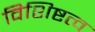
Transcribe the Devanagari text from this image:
विशिष्टत्व